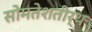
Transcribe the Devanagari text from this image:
सोमतेशतीर्थ